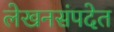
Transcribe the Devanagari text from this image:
लेखनसंपदेत